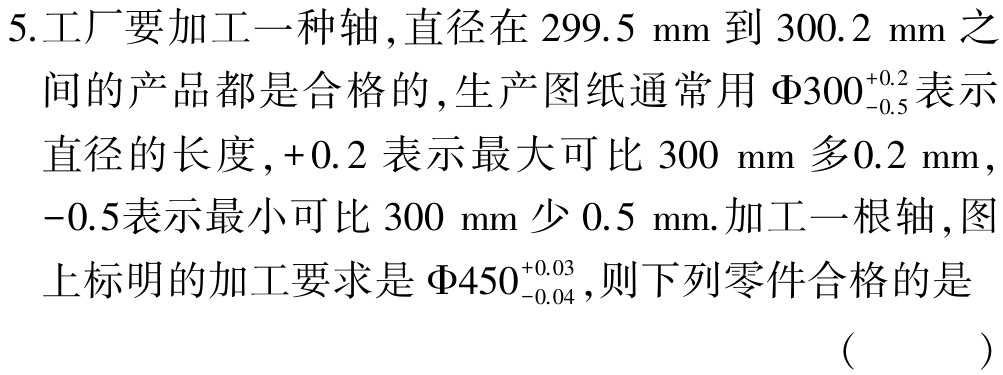
5.工厂要加工一种轴,直径在 \(299.5\) mm 到 \(300.2\) mm 之间的产品都是合格的,生产图纸通常用 \(\varPhi300_{ - 0.5}^{ + 0.2}\)表示直径的长度,\( + 0.2\) 表示最大可比 \(300\) mm 多\(0.2\) mm,\(-0.5\)表示最小可比 \(300\) mm 少 \(0.5\) mm.加工一根轴,图上标明的加工要求是 \(\varPhi450_{ - 0.04}^{ + 0.03}\),则下列零件合格的是 （  ）